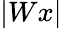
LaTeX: |Wx|